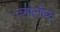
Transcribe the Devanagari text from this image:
त्लालोक